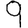
Digit: 9